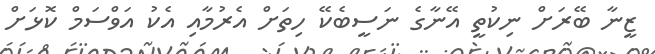
ޒީނާ ބޭރަށް ނިކުތީ އޭނާގެ ނަސީބެކޭ ހިތަށް އެރުމާއި އެކު އަވްސަމް ކޮޅަށް